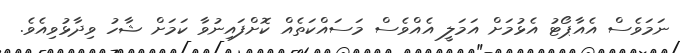
ނަމަވެސް އެއާޕޯޓު އެޅުމަށް އަމަލީ އެއްވެސް މަސައްކަތެއް ކޮށްފައިނުވާ ކަމަށް ޝާހު ވިދާޅުވިއެވެ.